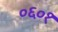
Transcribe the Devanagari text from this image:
०६०१